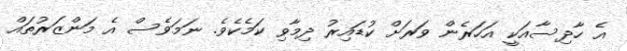
އެ ހާދިސާއަކީ އަހަރެން ވަރަށް ކުޑައިރު ދިމާވި ކަމެކެވެ. ނަމަވެސް އެ މަންޒަރުތައް